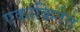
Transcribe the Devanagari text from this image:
एकांकितेत